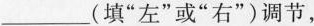
___(填”左”或”右”)调节，